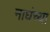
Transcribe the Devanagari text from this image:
नाघंच्या